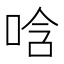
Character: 唅